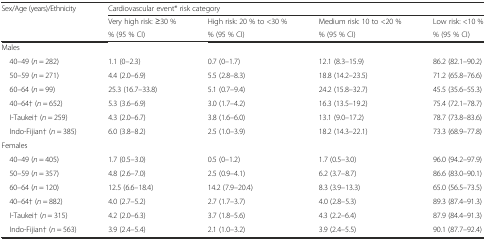
<table><thead><tr><td rowspan="3"><b>Sex/Age (years)/Ethnicity</b></td><td colspan="4"><b>Cardiovascular event* risk category</b></td></tr><tr><td><b>Very high risk: ≥30 %</b></td><td><b>High risk: 20 % to &lt;30 %</b></td><td><b>Medium risk: 10 to &lt;20 %</b></td><td><b>Low risk: &lt;10 %</b></td></tr><tr><td><b>% (95 % CI)</b></td><td><b>% (95 % CI)</b></td><td><b>% (95 % CI)</b></td><td><b>% (95 % CI)</b></td></tr></thead><tbody><tr><td colspan="5">Males</td></tr><tr><td> 40–49 (<i>n</i> = 282)</td><td>1.1 (0–2.3)</td><td>0.7 (0–1.7)</td><td>12.1 (8.3–15.9)</td><td>86.2 (82.1–90.2)</td></tr><tr><td> 50–59 (<i>n</i> = 271)</td><td>4.4 (2.0–6.9)</td><td>5.5 (2.8–8.3)</td><td>18.8 (14.2–23.5)</td><td>71.2 (65.8–76.6)</td></tr><tr><td> 60–64 (<i>n</i> = 99)</td><td>25.3 (16.7–33.8)</td><td>5.1 (0.7–9.4)</td><td>24.2 (15.8–32.7)</td><td>45.5 (35.6–55.3)</td></tr><tr><td> 40–64† (<i>n</i> = 652)</td><td>5.3 (3.6–6.9)</td><td>3.0 (1.7–4.2)</td><td>16.3 (13.5–19.2)</td><td>75.4 (72.1–78.7)</td></tr><tr><td> I-Taukei† (<i>n</i> = 259)</td><td>4.3 (2.0–6.7)</td><td>3.8 (1.6–6.0)</td><td>13.1 (9.0–17.2)</td><td>78.7 (73.8–83.6)</td></tr><tr><td> Indo-Fijian† (<i>n</i> = 385)</td><td>6.0 (3.8–8.2)</td><td>2.5 (1.0–3.9)</td><td>18.2 (14.3–22.1)</td><td>73.3 (68.9–77.8)</td></tr><tr><td colspan="5">Females</td></tr><tr><td> 40–49 (<i>n</i> = 405)</td><td>1.7 (0.5–3.0)</td><td>0.5 (0–1.2)</td><td>1.7 (0.5–3.0)</td><td>96.0 (94.2–97.9)</td></tr><tr><td> 50–59 (<i>n</i> = 357)</td><td>4.8 (2.6–7.0)</td><td>2.5 (0.9–4.1)</td><td>6.2 (3.7–8.7)</td><td>86.6 (83.0–90.1)</td></tr><tr><td> 60–64 (<i>n</i> = 120)</td><td>12.5 (6.6–18.4)</td><td>14.2 (7.9–20.4)</td><td>8.3 (3.9–13.3)</td><td>65.0 (56.5–73.5)</td></tr><tr><td> 40–64† (<i>n</i> = 882)</td><td>4.0 (2.7–5.2)</td><td>2.7 (1.7–3.7)</td><td>4.0 (2.8–5.3)</td><td>89.3 (87.4–91.3)</td></tr><tr><td> I-Taukei† (<i>n</i> = 315)</td><td>4.2 (2.0–6.3)</td><td>3.7 (1.8–5.6)</td><td>4.3 (2.2–6.4)</td><td>87.9 (84.4–91.3)</td></tr><tr><td> Indo-Fijian† (<i>n</i> = 563)</td><td>3.9 (2.4–5.4)</td><td>2.1 (1.0–3.2)</td><td>3.9 (2.4–5.5)</td><td>90.1 (87.7–92.4)</td></tr></tbody></table>